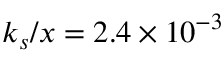
k _ { s } / x = 2 . 4 \times 1 0 ^ { - 3 }